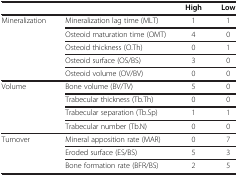
<table><thead><tr><td><b> </b></td><td><b> </b></td><td><b>High</b></td><td><b>Low</b></td></tr></thead><tbody><tr><td rowspan="5">Mineralization</td><td>Mineralization lag time (MLT)</td><td>1</td><td>1</td></tr><tr><td>Osteoid maturation time (OMT)</td><td>4</td><td>0</td></tr><tr><td>Osteoid thickness (O.Th)</td><td>0</td><td>1</td></tr><tr><td>Osteoid surface (OS/BS)</td><td>3</td><td>0</td></tr><tr><td>Osteoid volume (OV/BV)</td><td>0</td><td>0</td></tr><tr><td rowspan="4">Volume</td><td>Bone volume (BV/TV)</td><td>5</td><td>0</td></tr><tr><td>Trabecular thickness (Tb.Th)</td><td>0</td><td>0</td></tr><tr><td>Trabecular separation (Tb.Sp)</td><td>1</td><td>1</td></tr><tr><td>Trabecular number (Tb.N)</td><td>0</td><td>0</td></tr><tr><td rowspan="3">Turnover</td><td>Mineral apposition rate (MAR)</td><td>0</td><td>7</td></tr><tr><td>Eroded surface (ES/BS)</td><td>5</td><td>3</td></tr><tr><td>Bone formation rate (BFR/BS)</td><td>2</td><td>5</td></tr></tbody></table>